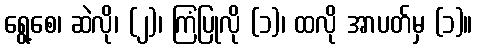
ရွေ့စေ၊ ဆဲလို၊ (၂)၊ ကြံပြုလို (၁)၊ ထလို အာပတ်မှ (၁)။